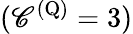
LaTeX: (\mathscr{C}^{(\mathrm{Q})}=3)